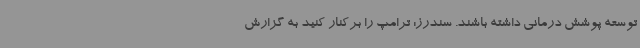
توسعه پوشش درمانی داشته باشند. سندرز: ترامپ را برکنار کنید به گزارش